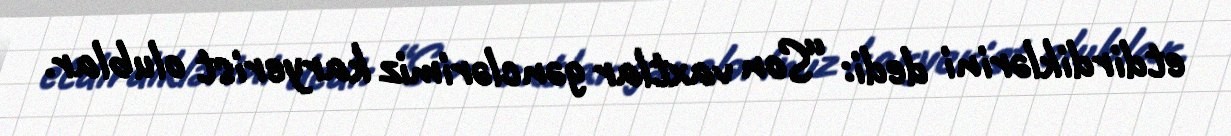
etdirdiklərini dedi: “Son vaxtlar gənclərimiz karyerist olublar.